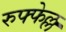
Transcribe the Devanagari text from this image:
रुफ्फेल्ल